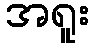
အရူး